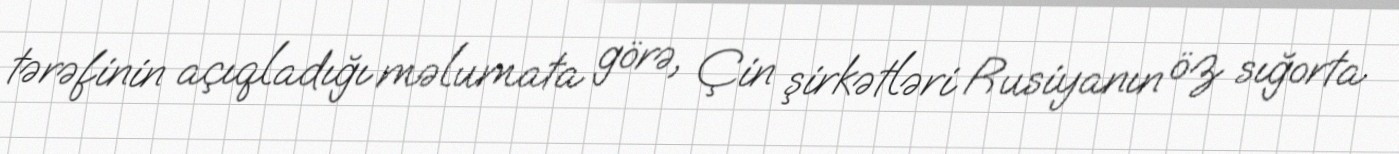
tərəfinin açıqladığı məlumata görə, Çin şirkətləri Rusiyanın öz sığorta